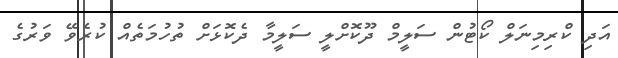
އަދި ކްރިމިނަލް ކޯޓުން ސަލީމް ދޫކޮށްލީ ސަލީމާ ދެކޮޅަށް ތުހުމަތެއް ކުރެވޭ ވަރުގެ